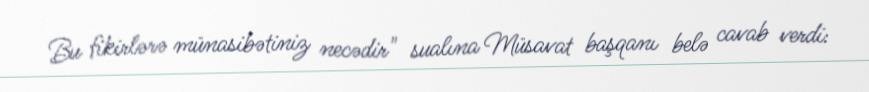
Bu fikirlərə münasibətiniz necədir" sualına Müsavat başqanı belə cavab verdi: